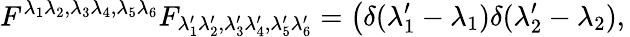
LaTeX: F^{\lambda_{1}\lambda_{2},\lambda_{3}\lambda_{4},\lambda_{5}\lambda_{6}}F_{\lambda_{1}^{\prime}\lambda_{2}^{\prime},\lambda_{3}^{\prime}\lambda_{4}^{\prime},\lambda_{5}^{\prime}\lambda_{6}^{\prime}}=\left(\delta(\lambda_{1}^{\prime}-\lambda_{1})\delta(\lambda_{2}^{\prime}-\lambda_{2}),\right.